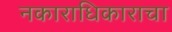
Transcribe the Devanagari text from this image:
नकाराधिकाराचा